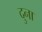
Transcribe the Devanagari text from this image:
दुना